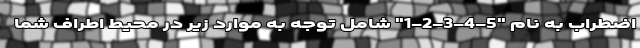
اضطراب به نام "5-4-3-2-1" شامل توجه به موارد زیر در محیط اطراف شما